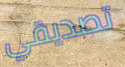
تصديقي